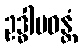
ဥဒ္ဓါပဝန္တံ